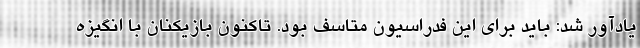
یادآور شد: باید برای این فدراسیون متاسف بود. تاکنون بازیکنان با انگیزه